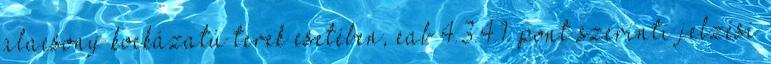
alacsony kockázatú terek esetében, eab 4.3.4.1. pont szerinti jelzési